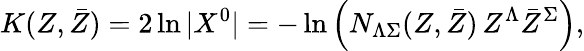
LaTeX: K(Z,\bar{Z})=2\ln|X^{0}|=-\ln\left(N_{\Lambda\Sigma}(Z,\bar{Z})\, Z^{\Lambda}\bar{Z}^{\Sigma}\right),